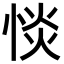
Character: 惔